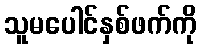
သူမပေါင်နှစ်ဖက်ကို